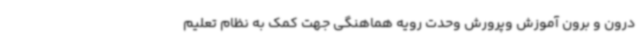
درون و برون آموزش وپرورش وحدت رویه هماهنگی جهت کمک به نظام تعلیم